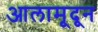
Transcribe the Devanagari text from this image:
आलामूदून